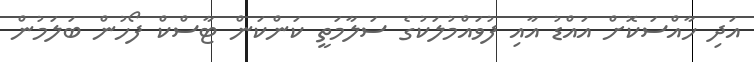
އަދި ހާއްސަކޮށް އައްޑު އާއި ފުވައްމުލަކުގެ ސަލާމަތީ ކަންކަން ޓާސްކް ފޯހުން ބަލަމުން